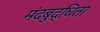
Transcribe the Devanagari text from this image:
मंदबुद्धिता